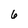
Character: 6